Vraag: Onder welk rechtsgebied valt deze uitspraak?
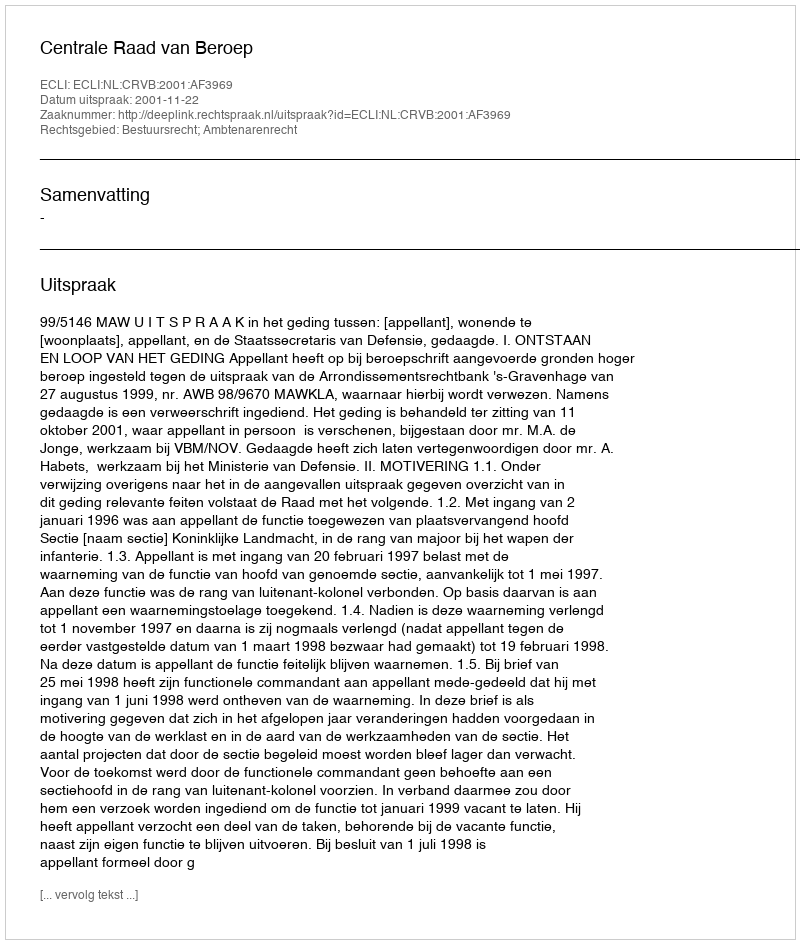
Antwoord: Bestuursrecht; Ambtenarenrecht